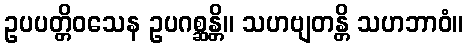
ဥပပတ္တိဝသေန ဥပဂစ္ဆန္တိ။ သဟဗျတန္တိ သဟဘာဝံ။